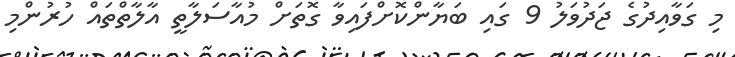
މި ގަވާއިދުގެ ޖަދުވަލު 9 ގައި ބަޔާންކޮށްފައިވާ ގޮތަށް މުއާސަލާތީ އާލާތްތައް ހުރުންމި